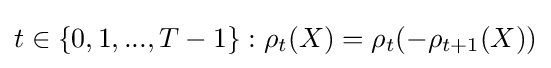
t\in \{0,1,...,T-1\}:\rho _{t}(X)=\rho _{t}(-\rho _{t+1}(X))